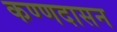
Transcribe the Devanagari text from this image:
कण्णदासन